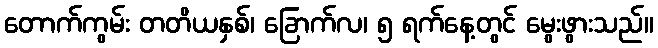
တောက်ကွမ်း တတိယနှစ်၊ ခြောက်လ၊ ၅ ရက်နေ့တွင် မွေးဖွားသည်။